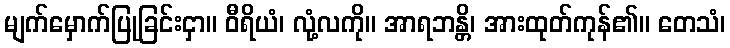
မျက်မှောက်ပြုခြင်းငှာ။ ဝီရိယံ၊ လုံ့လကို။ အာရဘန္တိ၊ အားထုတ်ကုန်၏။ တေသံ၊